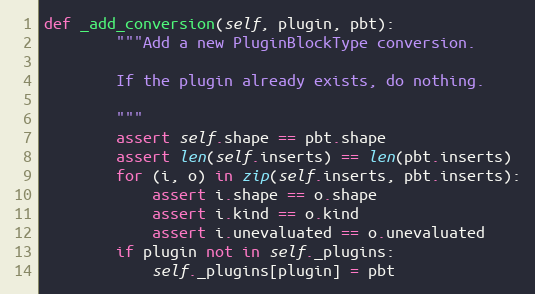
Language: Python
def _add_conversion(self, plugin, pbt):
        """Add a new PluginBlockType conversion.

        If the plugin already exists, do nothing.

        """
        assert self.shape == pbt.shape
        assert len(self.inserts) == len(pbt.inserts)
        for (i, o) in zip(self.inserts, pbt.inserts):
            assert i.shape == o.shape
            assert i.kind == o.kind
            assert i.unevaluated == o.unevaluated
        if plugin not in self._plugins:
            self._plugins[plugin] = pbt